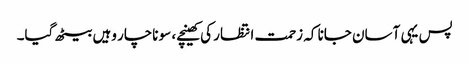
پس یہی آسان جانا کہ زحمت انتظار کی کھینچے، سو ناچار وہیں بیٹھ گیا۔